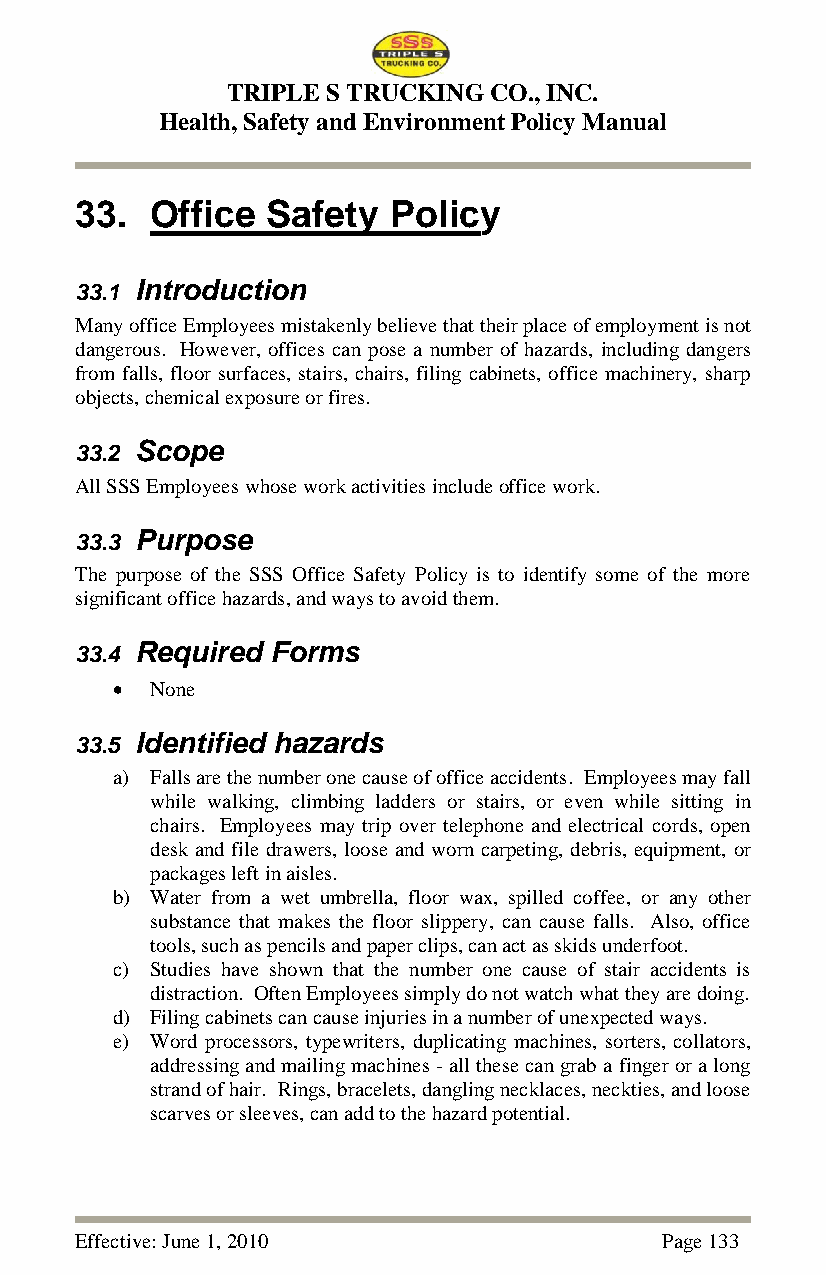
TRIPLE S TRUCKING CO., INC.
 Health, Safety and Environment Policy Manual
 33.  Office  Safety  Policy
 33.1 Introduction
 Many office Employees mistakenly believe that their place of employment is not
 dangerous. However, offices can pose a number of hazards, including dangers
 from falls, floor surfaces, stairs, chairs, filing cabinets, office machinery, sharp
 objects, chemical exposure or fires.
 33.2 Scope
 All SSS Employees whose work activities include office work.
 33.3 Purpose
 The purpose of the SSS Office Safety Policy is to identify some of the more
 significant office hazards, and ways to avoid them.
 33.4 Required Forms
   None
 33.5 Identified hazards
 a) Falls are the number one cause of office accidents. Employees may fall
 while walking, climbing ladders or stairs, or even while sitting in
 chairs. Employees may trip over telephone and electrical cords, open
 desk and file drawers, loose and worn carpeting, debris, equipment, or
 packages left in aisles.
 b) Water from a wet umbrella, floor wax, spilled coffee, or any other
 substance that makes the floor slippery, can cause falls. Also, office
 tools, such as pencils and paper clips, can act as skids underfoot.
 c) Studies have shown that the number one cause of stair accidents is
 distraction. Often Employees simply do not watch what they are doing.
 d) Filing cabinets can cause injuries in a number of unexpected ways.
 e) Word processors, typewriters, duplicating machines, sorters, collators,
 addressing and mailing machines - all these can grab a finger or a long
 strand of hair. Rings, bracelets, dangling necklaces, neckties, and loose
 scarves or sleeves, can add to the hazard potential.
 Effective: June 1, 2010                Page 133